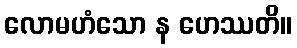
လောမဟံသော န ဟေဿတိ။